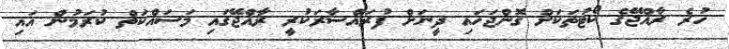
ހުރެ ރާއްޖޭގެ ކޯޓުތަކަށް ގޮންޖަހައި ދީނަށް ފުރައްސާރަކުރީ ރާއްޖޭގައި މަސައްކަތް ކުރަމުން އައި